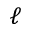
\ell